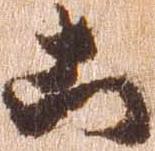
こ